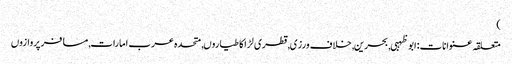
)
متعلقہ عنوانات‬:ابوظہبی, بحرین, خلاف ورزی, قطری لڑاکا طیاروں, متحدہ عرب امارات, مسافر پروازوں